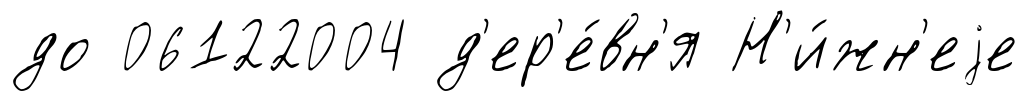
до 06122004 д'ер'е́вн'я Н'и́жн'еjе